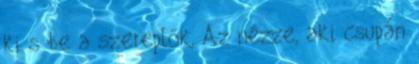
ki s be a szereplők, Az nézze, aki csupán